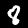
Digit: 8